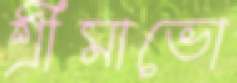
শ্রীমাভো